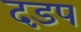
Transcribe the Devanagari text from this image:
दड़प